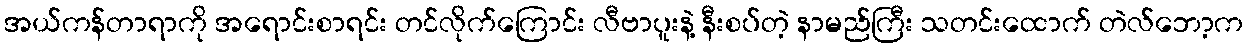
အယ်ကန်တာရာကို အရောင်းစာရင်း တင်လိုက်ကြောင်း လီဗာပူးနဲ့ နီးစပ်တဲ့ နာမည်ကြီး သတင်းထောက် တဲလ်ဘော့က